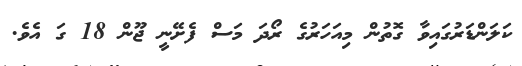
ކަލަންޑަރުގައިވާ ގޮތުން މިއަހަރުގެ ރޯދަ މަސް ފެށޭނީ ޖޫން 18 ގަ އެވެ.